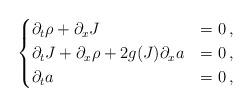
LaTeX: \begin{align*}\begin{cases}\partial_t\rho + \partial_x J & = 0\,, \\\partial_t J + \partial_x \rho + 2 g(J) \partial_x a & =0\,, \\\partial_t a &=0\,,\end{cases} \end{align*}